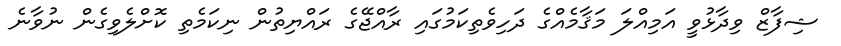
ޝިފާޒް ވިދާޅުވީ އަމިއްލަ މަޤާމެއްގެ ދަހިވެތިކަމުގައި ރާއްޖޭގެ ރައްޔިތުން ނިކަމެތި ކޮށްލެވިގެން ނުވާނެ